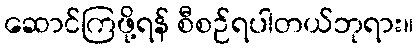
ဆောင်ကြဖို့ရန် စီစဉ်ရပါတယ်ဘုရား။